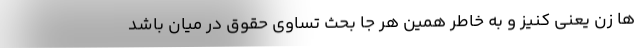
ها زن یعنی کنیز و به خاطر همین هر جا بحث تساوی حقوق در میان باشد